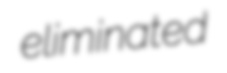
eliminated